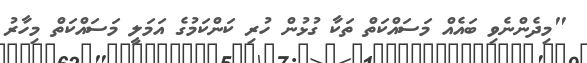
"މިދެންނެވި ބައެއް މަސައްކަތް ތަކާ ގުޅުން ހުރި ކަންކަމުގެ އަމަލީ މަސައްކަތް މިހާރު